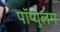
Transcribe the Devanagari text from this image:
पॉप्युलम